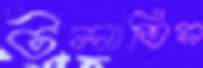
টলাতিস